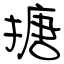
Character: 搪